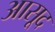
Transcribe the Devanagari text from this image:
आसूद